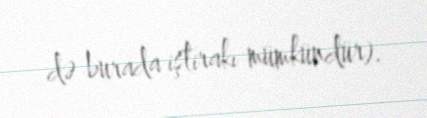
də burada iştirakı mümkündür).